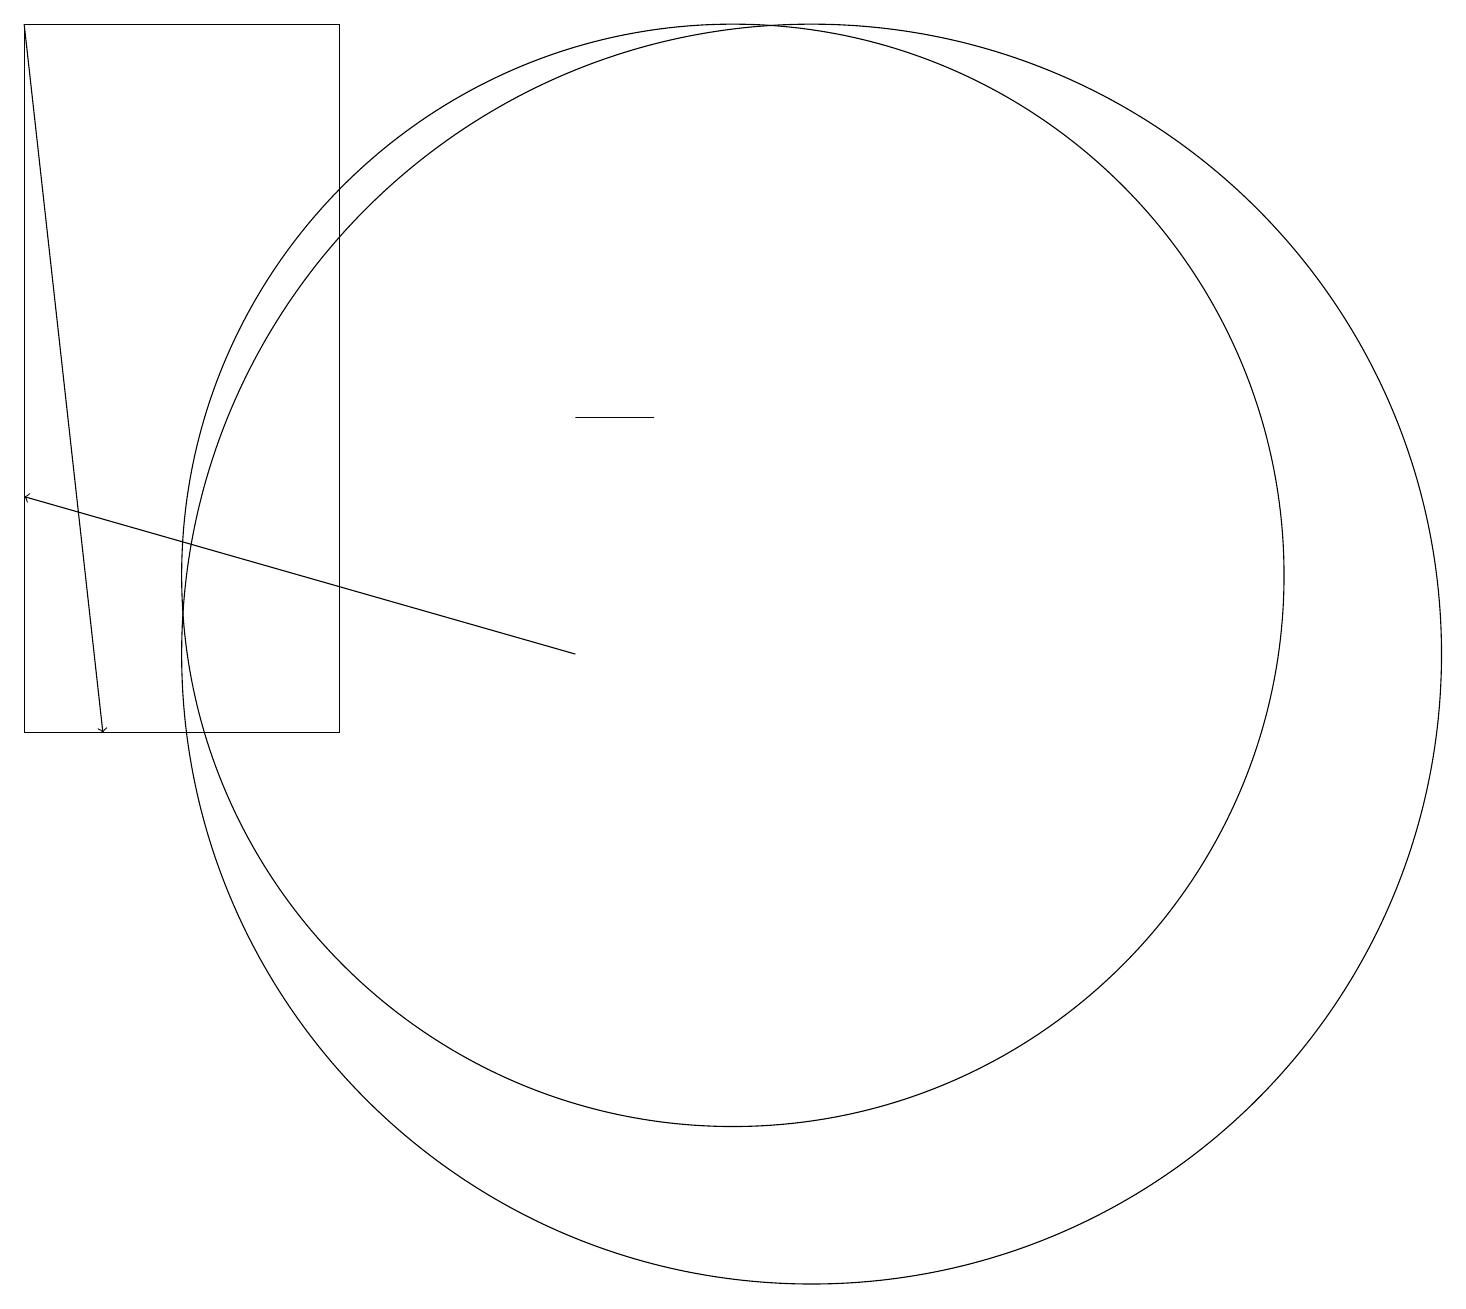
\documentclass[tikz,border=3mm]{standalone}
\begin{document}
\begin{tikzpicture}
\draw (1,10) rectangle (5,19);
\draw[->] (1,19) -- (2,10);
\draw (11,11) circle (8);
\draw (10,12) circle (7);
\draw (9,14) rectangle (8,14);
\draw[->] (8,11) -- (1,13);
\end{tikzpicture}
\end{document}